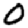
Digit: 0